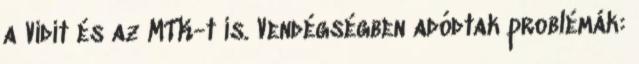
a Vidit és az MTK-t is. Vendégségben adódtak problémák: